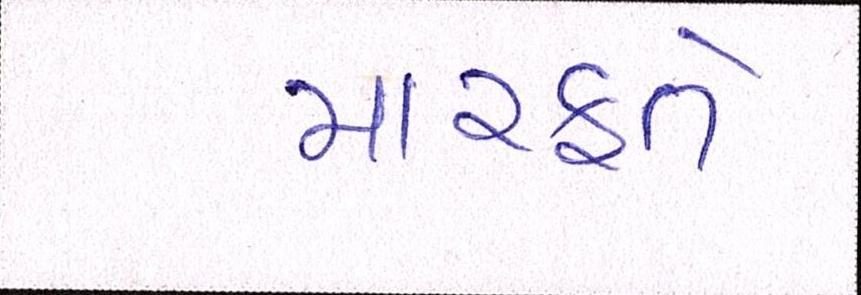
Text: મારફતે